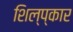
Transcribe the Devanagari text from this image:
शिल्प्कार